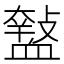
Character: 𧗑